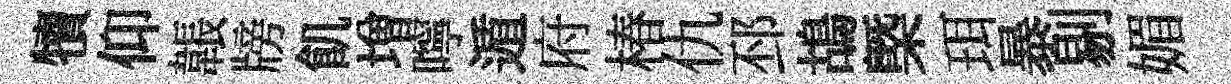
犢仰韔牓飢増嚀遁府椿仇邳鴣㮣珥暴剔媚